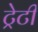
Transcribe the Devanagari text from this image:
ट्रेटी